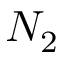
N _ { 2 }